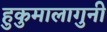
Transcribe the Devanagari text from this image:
हुकुमालागुनी